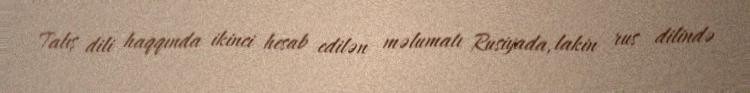
Talış dili haqqında ikinci hesab edilən məlumatı Rusiyada, lakin rus dilində